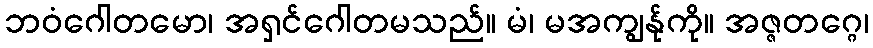
ဘဝံဂေါတမော၊ အရှင်ဂေါတမသည်။ မံ၊ မအကျွန်ုကို။ အဇ္ဇတဂ္ဂေ၊